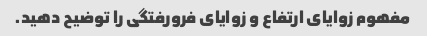
مفهوم زوایای ارتفاع و زوایای فرورفتگی را توضیح دهید.